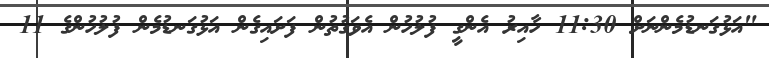
"އަޅުގަނޑުމެންނަށް 11:30 ހާއިރު އެންގީ ފުލުހުން އެވަގުތުން ފަށައިގެން އަޅުގަނޑުމެން ފުލުހުންގެ 11